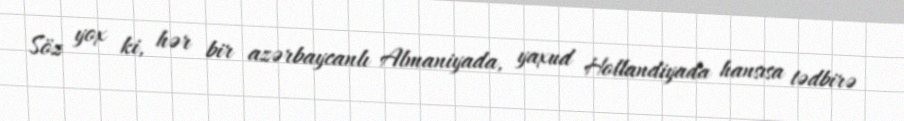
Söz yox ki, hər bir azərbaycanlı Almaniyada, yaxud Hollandiyada hansısa tədbirə